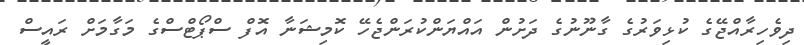
ދިވެހިރާއްޖޭގެ ކުޅިވަރުގެ ގާނޫނުގެ ދަށުން އައްޔަންކުރަންޖެހޭ ކޮމިޝަނާ އޮފް ސްޕޯޓްސްގެ މަގާމަށް ރައީސް